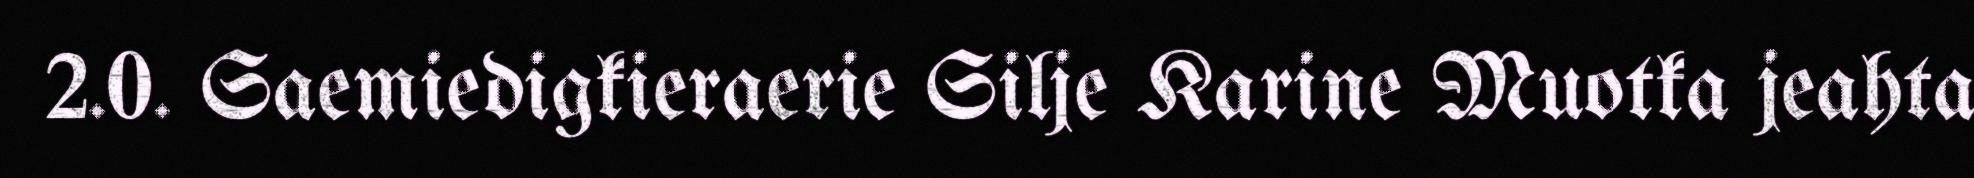
2.0. Saemiedigkieraerie Silje Karine Muotka jeahta